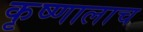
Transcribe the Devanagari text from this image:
कृष्णालाच